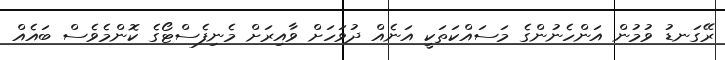
ރޭގަނޑު ވުމުން އަންހެނުންގެ މަސައްކަތަކީ އަނެއް ދުވަހަށް ވާއިރަށް މެނިފެސްޓޯގެ ކޮންމެވެސް ބައެއް